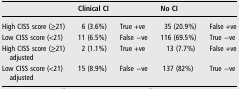
<table><thead><tr><td>[EMPTY_CELL]</td><td colspan="2"><b>Clinical CI</b></td><td colspan="2"><b>No CI</b></td></tr></thead><tbody><tr><td>High CISS score (≥21)</td><td>6 (3.6%)</td><td>True +ve</td><td>35 (20.9%)</td><td>False +ve</td></tr><tr><td>Low CISS score (&lt;21)</td><td>11 (6.5%)</td><td>False −ve</td><td>116 (69.5%)</td><td>True −ve</td></tr><tr><td>High CISS score (≥21) adjusted</td><td>2 (1.1%)</td><td>True +ve</td><td> 13 (7.7%)</td><td>False +ve</td></tr><tr><td>Low CISS score (&lt;21) adjusted</td><td>15 (8.9%)</td><td>False −ve</td><td> 137 (82%)</td><td>True −ve</td></tr></tbody></table>